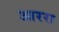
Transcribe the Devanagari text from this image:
आररा